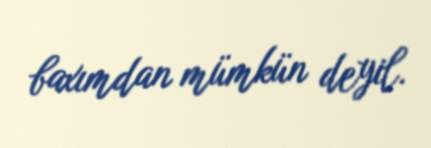
baxımdan mümkün deyil.